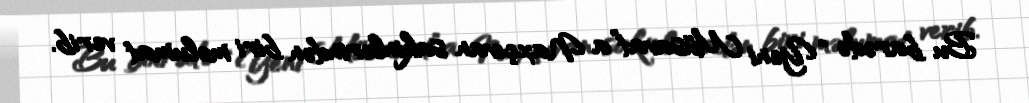
Bu barədə “Yeni Müsavat”a Naxçıvan sakinlərindən biri məlumat verib.